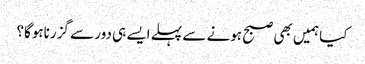
کیا ہمیں بھی صبح ہونے سے پہلے ایسے ہی دور سے گزرناہوگا؟